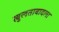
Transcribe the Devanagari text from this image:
खुलताबादला